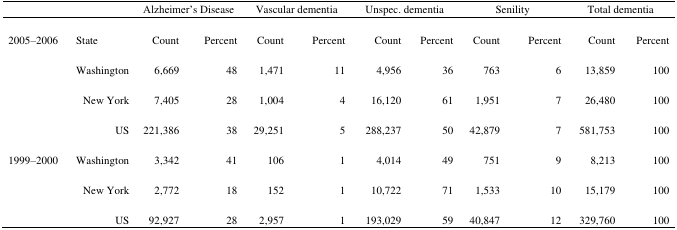
|  |  | <COLSPAN=2> Alzheimer’s Disease | <COLSPAN=2> Vascular dementia | <COLSPAN=2> Unspec. dementia | <COLSPAN=2> Senility | <COLSPAN=2> Total dementia |
 | --- | --- | --- | --- | --- | --- | --- | --- | --- | --- | --- | --- |
 | <ROWSPAN=4> 2005–2006 | State | Count | Percent | Count | Percent | Count | Percent | Count | Percent | Count | Percent |
 | Washington | 6,669 | 48 | 1,471 | 11 | 4,956 | 36 | 763 | 6 | 13,859 | 100 |
 | New York | 7,405 | 28 | 1,004 | 4 | 16,120 | 61 | 1,951 | 7 | 26,480 | 100 |
 | US | 221,386 | 38 | 29,251 | 5 | 288,237 | 50 | 42,879 | 7 | 581,753 | 100 |
 | <ROWSPAN=3> 1999–2000 | Washington | 3,342 | 41 | 106 | 1 | 4,014 | 49 | 751 | 9 | 8,213 | 100 |
 | New York | 2,772 | 18 | 152 | 1 | 10,722 | 71 | 1,533 | 10 | 15,179 | 100 |
 | US | 92,927 | 28 | 2,957 | 1 | 193,029 | 59 | 40,847 | 12 | 329,760 | 100 |